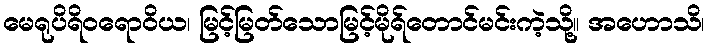
မေရုပိရိဝရောဝိယ၊ မြင့်မြတ်သောမြင့်မိုရ်တောင်မင်းကဲ့သို့။ အဟောသိ၊